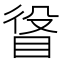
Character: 𥆛